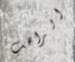
الراهب